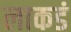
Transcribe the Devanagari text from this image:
लाकडं